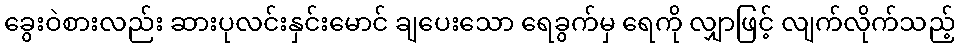
ခွေးဝဲစားလည်း ဆားပုလင်းနှင်းမောင် ချပေးသော ရေခွက်မှ ရေကို လျှာဖြင့် လျက်လိုက်သည့်